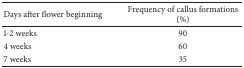
<table><thead><tr><td><b>Days after flower beginning</b></td><td><b>Frequency of callus formations (%)</b></td></tr></thead><tbody><tr><td>1-2 weeks</td><td>90</td></tr><tr><td>4 weeks</td><td>60</td></tr><tr><td>7 weeks</td><td>35</td></tr></tbody></table>